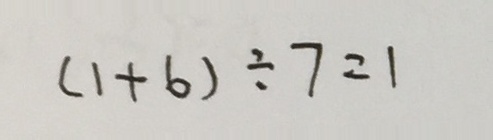
( 1 + 6 ) \div 7 = 1